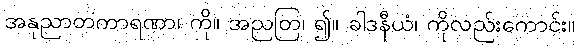
အနုညာတကာရဏာ၊ ကို။ အညတြ၊ ၍။ ခါဒနီယံ၊ ကိုလည်းကောင်း။